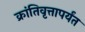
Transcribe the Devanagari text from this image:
क्रांतिवृत्तापर्यंत